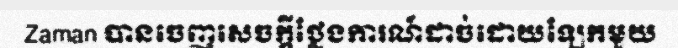
Zaman បានចេញសេចក្តីថ្លែងការណ៍ដាច់ដោយឡែកមួយ